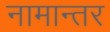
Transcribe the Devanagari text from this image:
नामान्तर